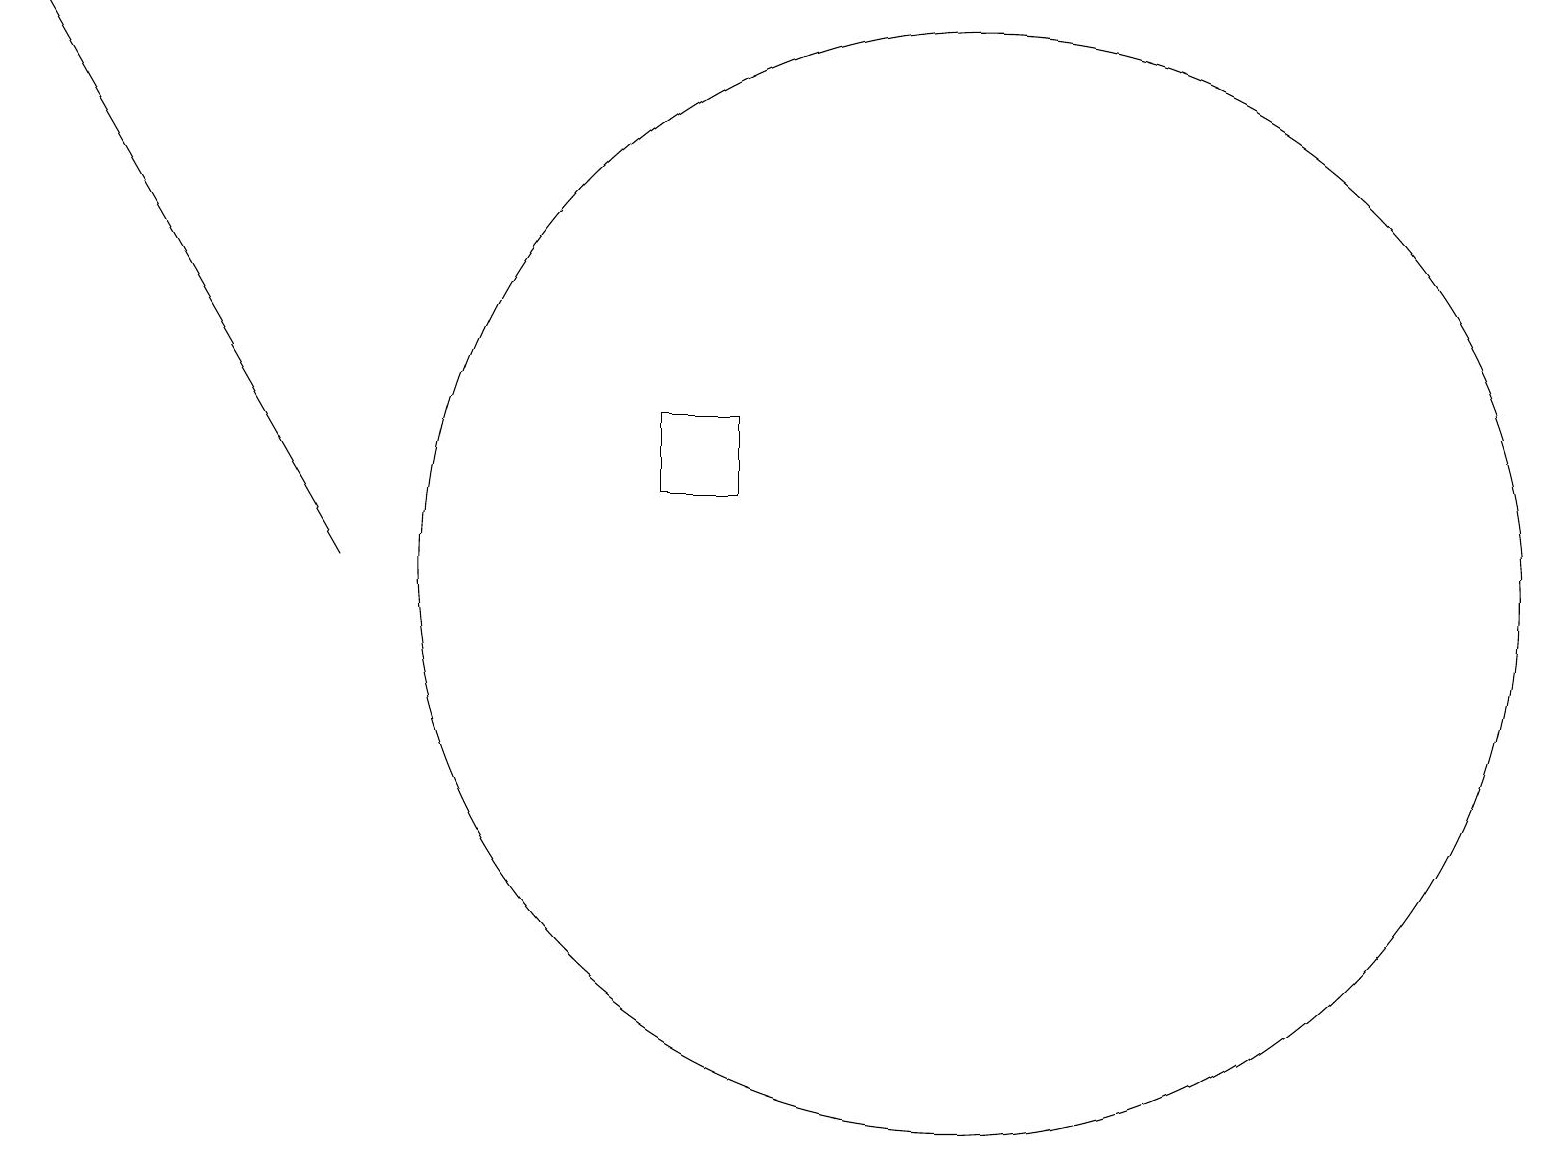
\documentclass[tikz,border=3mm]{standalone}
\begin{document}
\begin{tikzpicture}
\draw (9,13) rectangle (8,12);
\draw[->] (4,11) -- (0,18);
\draw (12,11) circle (7);
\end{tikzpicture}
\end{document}